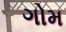
ગોમ